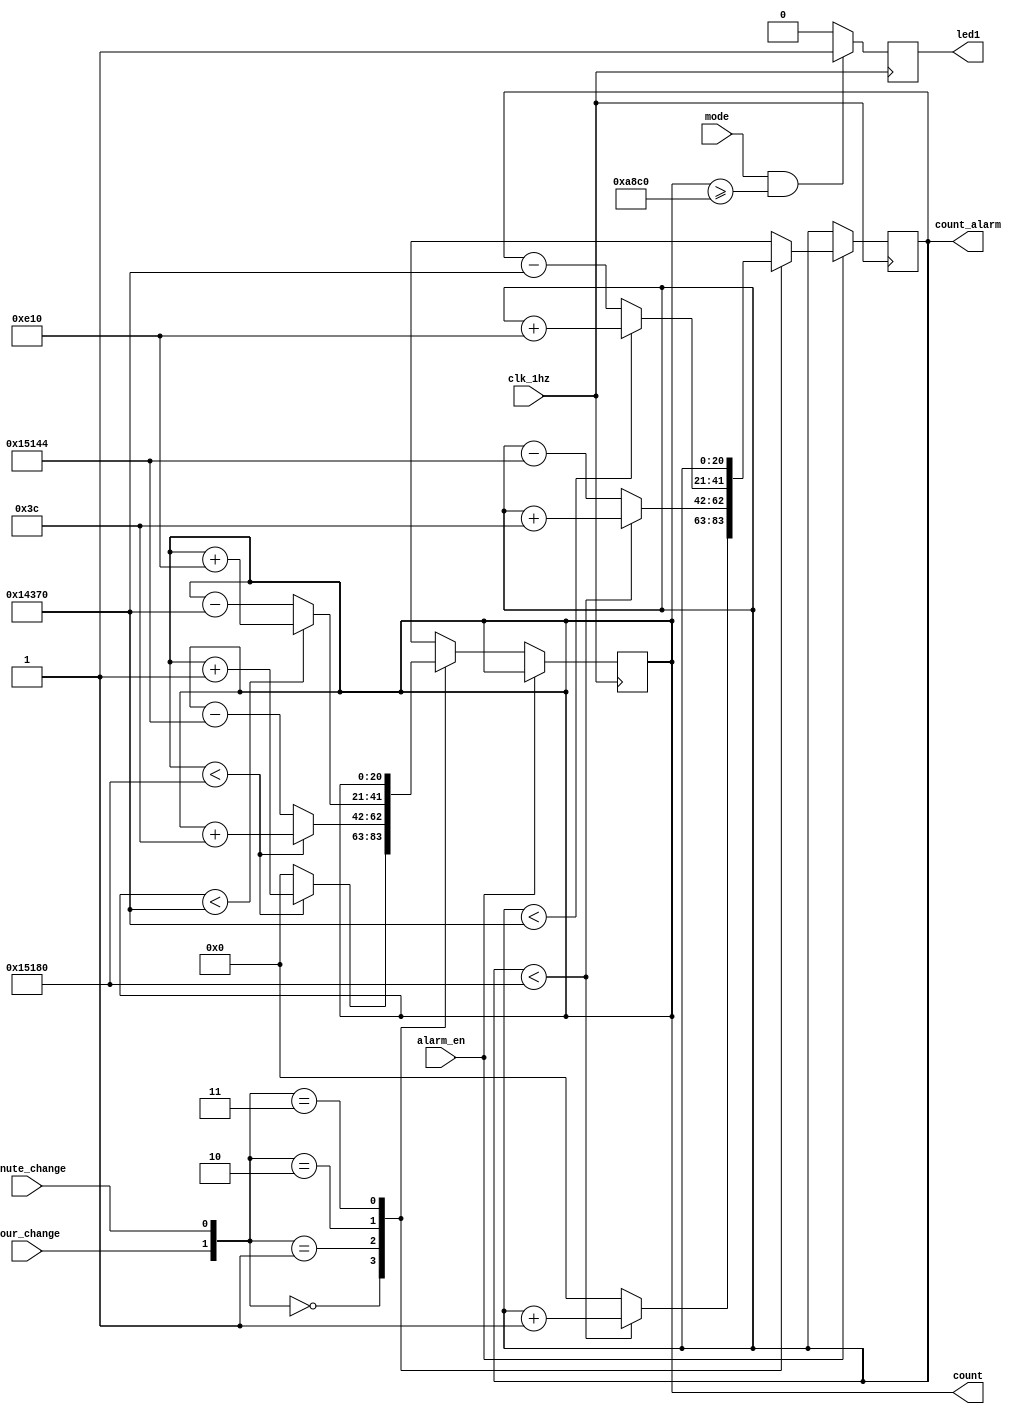
module time_change (clk_1hz,count,mode,led1,hour_change,minute_change,alarm_en,count_alarm);
    input clk_1hz,mode,hour_change,minute_change,alarm_en;
    output led1;
    output [20:0] count;
    output [20:0] count_alarm;
    reg led1;
    reg [20:0] count;
    reg [20:0] count_alarm;
    reg [20:0] count_12;
    
    initial begin count=0;led1=0;count_alarm=0; end
    always @(posedge clk_1hz )
    begin
        count_12 <= count%43200;//12
        case (alarm_en)
            1'b0: //
            begin
                case ({hour_change,minute_change})
                    2'b00://
                        if (count < 20'd86400) count <= count+1;
                        else count <= 0;
                    2'b01://
                        if(count < 20'd86400) count <= count + 6'd60;
                        else count <= count - 20'd86340;
                    2'b10://
                        if(count < 20'd82800) count <= count + 12'd3600;
                        else count <= count - 20'd82800;
                    2'b11://
                        count <= count;
                endcase
            end
            1'b1: //
            begin
                case ({hour_change,minute_change})
                    2'b00://
                        if (count_alarm < 20'd86400) count_alarm <= count_alarm+1;
                        else count_alarm <= 0;
                    2'b01://
                        if(count_alarm < 20'd86400) count_alarm <= count_alarm + 6'd60;
                        else count_alarm <= count_alarm - 20'd86340;
                    2'b10://
                        if(count_alarm < 20'd82800) count_alarm <= count_alarm + 12'd3600;
                        else count_alarm <= count_alarm - 20'd82800;
                    2'b11://
                        count_alarm <= count_alarm;
                endcase
            end
        endcase
    end
    //12count>12led1
    always @(posedge clk_1hz)
    begin
        if (mode==1 && count>=20'd43200) led1<=1;
        else led1<=0; 
    end

endmodule